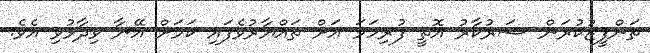
ތަންފީޒުކުރަން ސަރުކާރު އޮތީ ފުރިހަމަ އަށް ތައްޔާރުވެފައި ކަމަށް އޭނާ ވިދާޅުވި އެވެ.